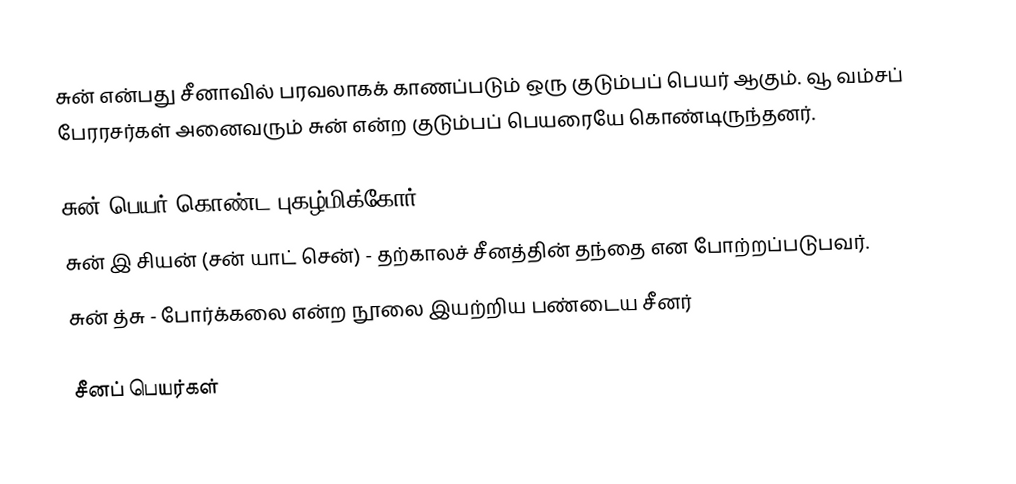
சுன் என்பது சீனாவில் பரவலாகக் காணப்படும் ஒரு குடும்பப் பெயர் ஆகும். வூ வம்சப் பேரரசர்கள் அனைவரும் சுன் என்ற குடும்பப் பெயரையே கொண்டிருந்தனர்.

சுன் பெயர் கொண்ட புகழ்மிக்கோர்
 சுன் இ சியன் (சன் யாட் சென்) - தற்காலச் சீனத்தின் தந்தை என போற்றப்படுபவர்.
 சுன் த்சு - போர்க்கலை என்ற நூலை இயற்றிய பண்டைய சீனர்

சீனப் பெயர்கள்